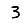
Digit: 3